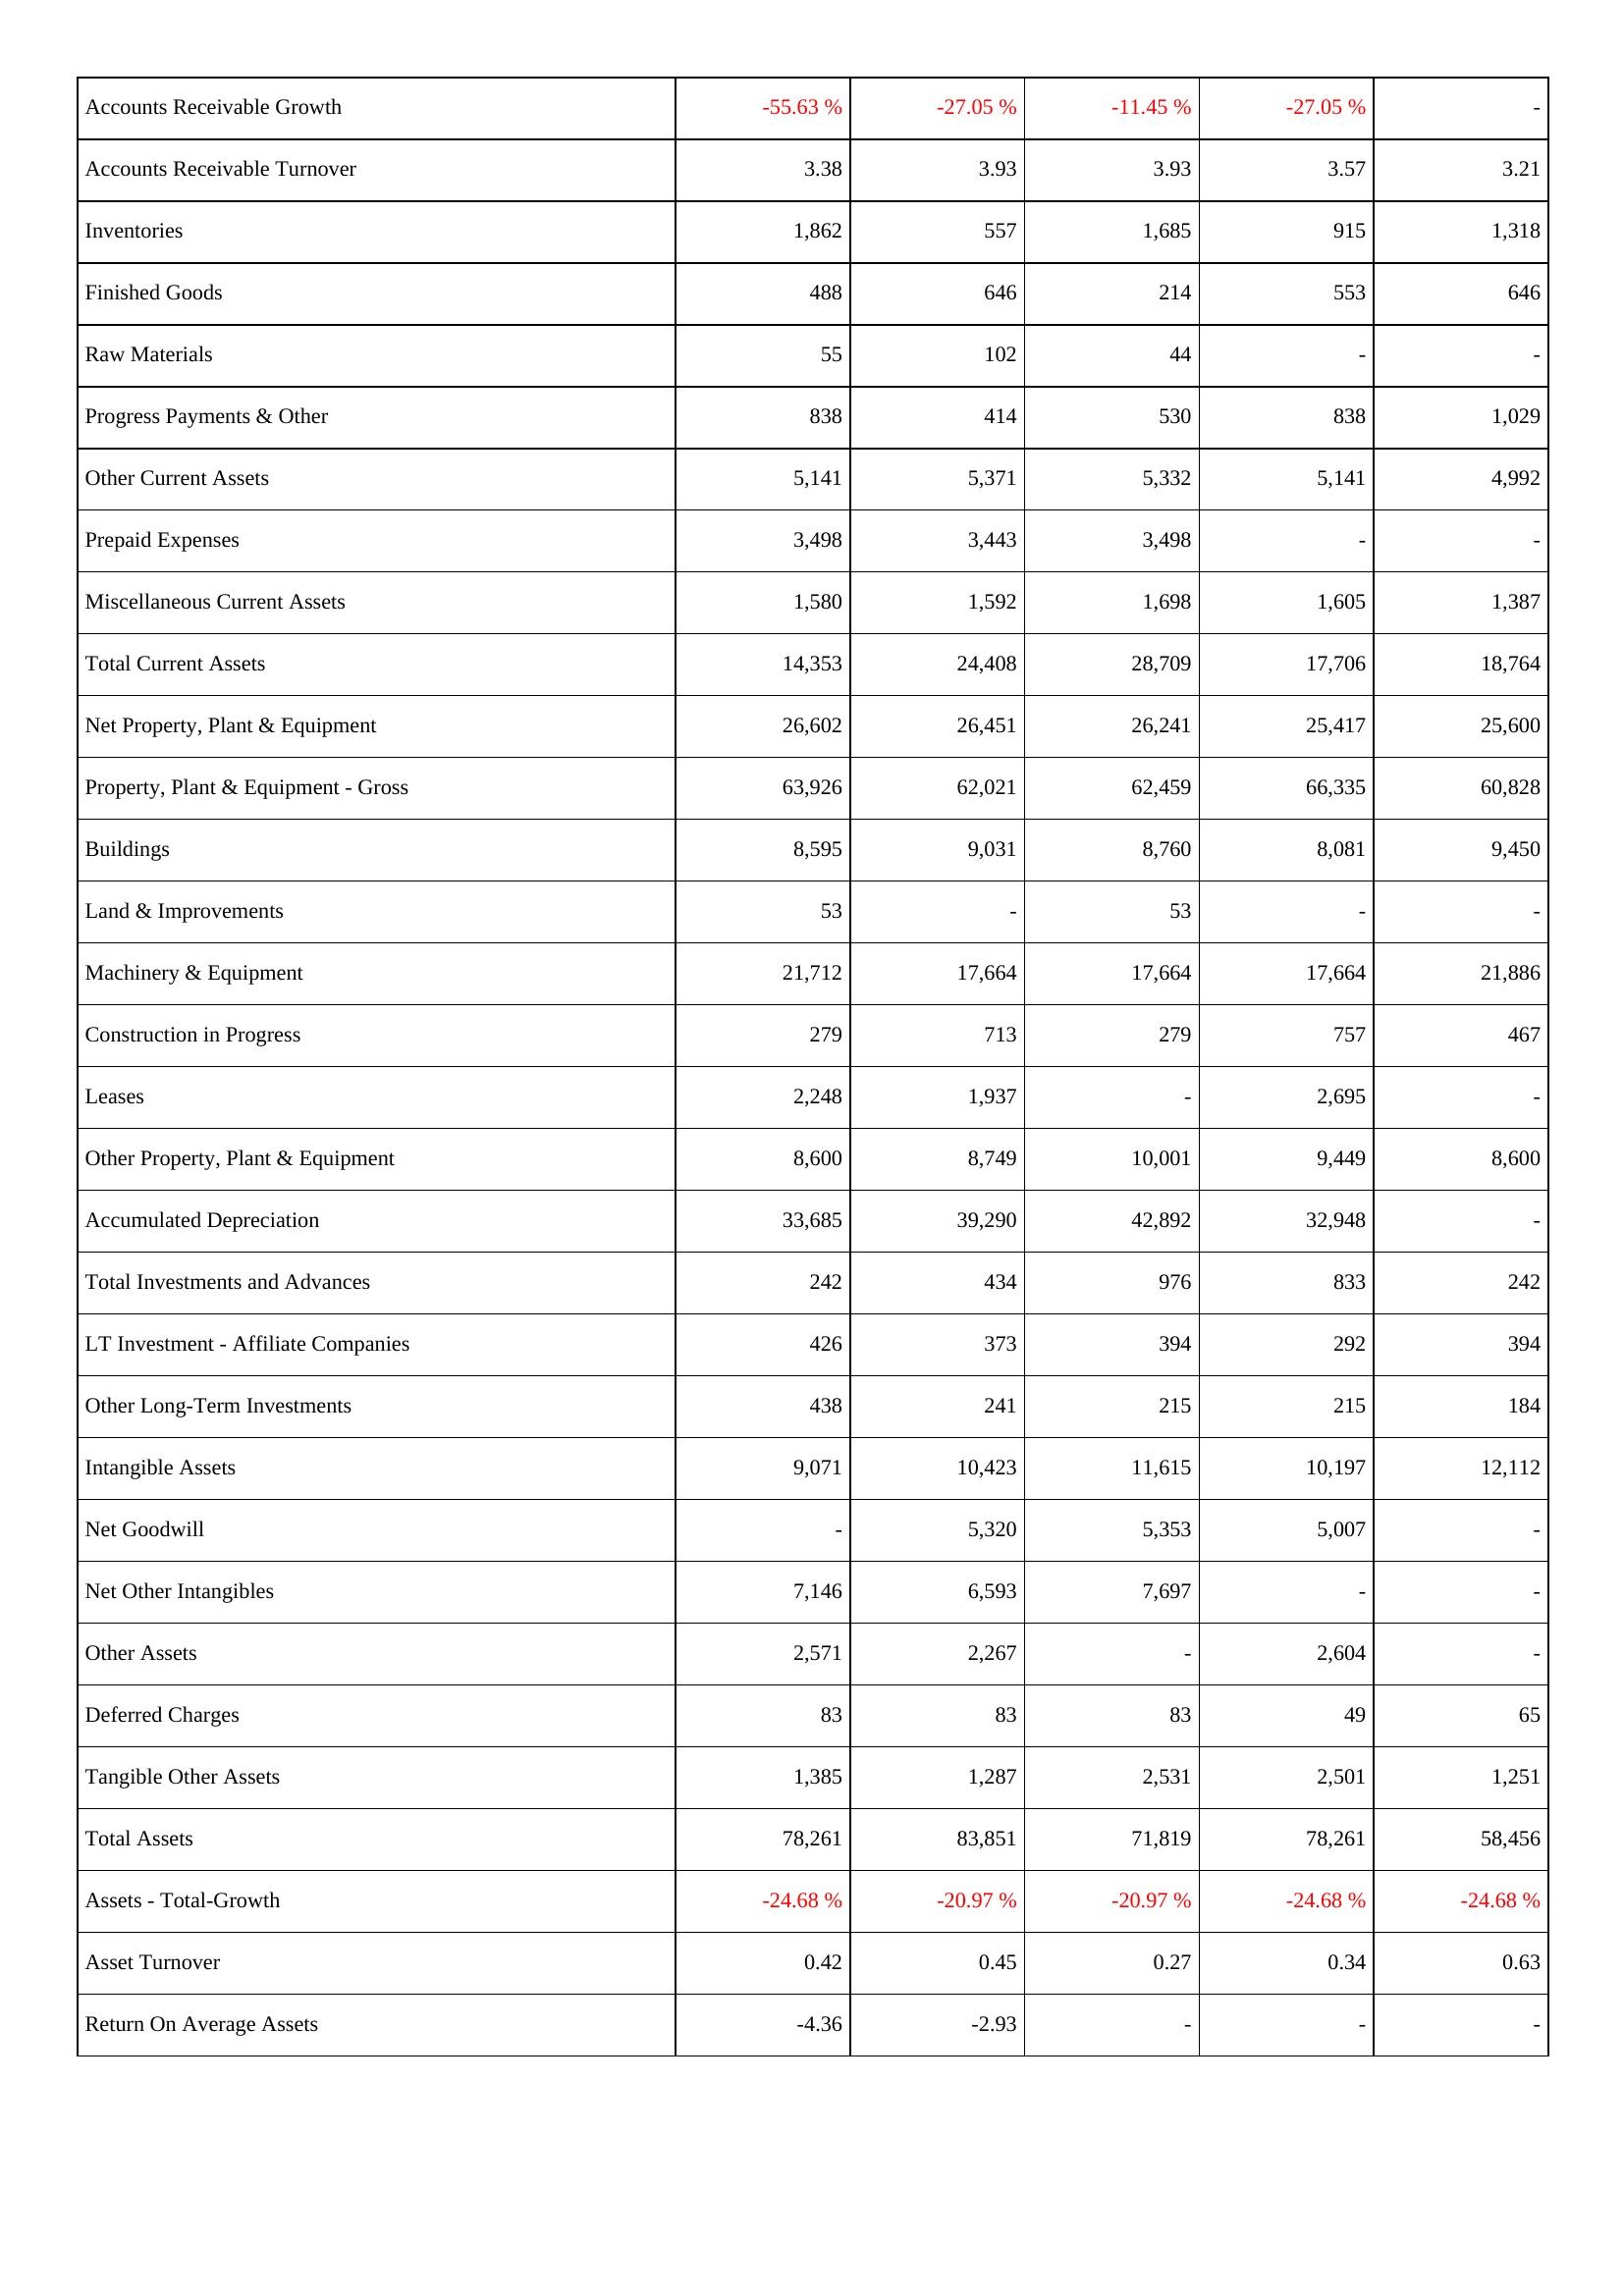
2016: Assets: Accounts Receivable Growth: -55.63 %
Accounts Receivable Turnover: 3.38
Inventories: 1,862
Finished Goods: 488
Raw Materials: 55
Progress Payments & Other: 838
Other Current Assets: 5,141
Prepaid Expenses: 3,498
Miscellaneous Current Assets: 1,580
Total Current Assets: 14,353
Net Property, Plant & Equipment: 26,602
Property, Plant & Equipment - Gross: 63,926
Buildings: 8,595
Land & Improvements: 53
Machinery & Equipment: 21,712
Construction in Progress: 279
Leases: 2,248
Other Property, Plant & Equipment: 8,600
Accumulated Depreciation: 33,685
Total Investments and Advances: 242
LT Investment - Affiliate Companies: 426
Other Long-Term Investments: 438
Intangible Assets: 9,071
Net Goodwill: -
Net Other Intangibles: 7,146
Other Assets: 2,571
Deferred Charges: 83
Tangible Other Assets: 1,385
Total Assets: 78,261
Assets - Total-Growth: -24.68 %
Asset Turnover: 0.42
Return On Average Assets: -4.36
2015: Assets: Accounts Receivable Growth: -27.05 %
Accounts Receivable Turnover: 3.93
Inventories: 557
Finished Goods: 646
Raw Materials: 102
Progress Payments & Other: 414
Other Current Assets: 5,371
Prepaid Expenses: 3,443
Miscellaneous Current Assets: 1,592
Total Current Assets: 24,408
Net Property, Plant & Equipment: 26,451
Property, Plant & Equipment - Gross: 62,021
Buildings: 9,031
Land & Improvements: -
Machinery & Equipment: 17,664
Construction in Progress: 713
Leases: 1,937
Other Property, Plant & Equipment: 8,749
Accumulated Depreciation: 39,290
Total Investments and Advances: 434
LT Investment - Affiliate Companies: 373
Other Long-Term Investments: 241
Intangible Assets: 10,423
Net Goodwill: 5,320
Net Other Intangibles: 6,593
Other Assets: 2,267
Deferred Charges: 83
Tangible Other Assets: 1,287
Total Assets: 83,851
Assets - Total-Growth: -20.97 %
Asset Turnover: 0.45
Return On Average Assets: -2.93
2014: Assets: Accounts Receivable Growth: -11.45 %
Accounts Receivable Turnover: 3.93
Inventories: 1,685
Finished Goods: 214
Raw Materials: 44
Progress Payments & Other: 530
Other Current Assets: 5,332
Prepaid Expenses: 3,498
Miscellaneous Current Assets: 1,698
Total Current Assets: 28,709
Net Property, Plant & Equipment: 26,241
Property, Plant & Equipment - Gross: 62,459
Buildings: 8,760
Land & Improvements: 53
Machinery & Equipment: 17,664
Construction in Progress: 279
Leases: -
Other Property, Plant & Equipment: 10,001
Accumulated Depreciation: 42,892
Total Investments and Advances: 976
LT Investment - Affiliate Companies: 394
Other Long-Term Investments: 215
Intangible Assets: 11,615
Net Goodwill: 5,353
Net Other Intangibles: 7,697
Other Assets: -
Deferred Charges: 83
Tangible Other Assets: 2,531
Total Assets: 71,819
Assets - Total-Growth: -20.97 %
Asset Turnover: 0.27
Return On Average Assets: -
2013: Assets: Accounts Receivable Growth: -27.05 %
Accounts Receivable Turnover: 3.57
Inventories: 915
Finished Goods: 553
Raw Materials: -
Progress Payments & Other: 838
Other Current Assets: 5,141
Prepaid Expenses: -
Miscellaneous Current Assets: 1,605
Total Current Assets: 17,706
Net Property, Plant & Equipment: 25,417
Property, Plant & Equipment - Gross: 66,335
Buildings: 8,081
Land & Improvements: -
Machinery & Equipment: 17,664
Construction in Progress: 757
Leases: 2,695
Other Property, Plant & Equipment: 9,449
Accumulated Depreciation: 32,948
Total Investments and Advances: 833
LT Investment - Affiliate Companies: 292
Other Long-Term Investments: 215
Intangible Assets: 10,197
Net Goodwill: 5,007
Net Other Intangibles: -
Other Assets: 2,604
Deferred Charges: 49
Tangible Other Assets: 2,501
Total Assets: 78,261
Assets - Total-Growth: -24.68 %
Asset Turnover: 0.34
Return On Average Assets: -
2012: Assets: Accounts Receivable Growth: -
Accounts Receivable Turnover: 3.21
Inventories: 1,318
Finished Goods: 646
Raw Materials: -
Progress Payments & Other: 1,029
Other Current Assets: 4,992
Prepaid Expenses: -
Miscellaneous Current Assets: 1,387
Total Current Assets: 18,764
Net Property, Plant & Equipment: 25,600
Property, Plant & Equipment - Gross: 60,828
Buildings: 9,450
Land & Improvements: -
Machinery & Equipment: 21,886
Construction in Progress: 467
Leases: -
Other Property, Plant & Equipment: 8,600
Accumulated Depreciation: -
Total Investments and Advances: 242
LT Investment - Affiliate Companies: 394
Other Long-Term Investments: 184
Intangible Assets: 12,112
Net Goodwill: -
Net Other Intangibles: -
Other Assets: -
Deferred Charges: 65
Tangible Other Assets: 1,251
Total Assets: 58,456
Assets - Total-Growth: -24.68 %
Asset Turnover: 0.63
Return On Average Assets: -